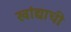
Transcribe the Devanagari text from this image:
खांद्याची